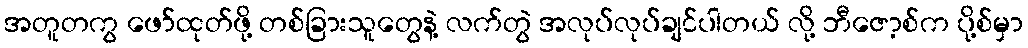
အတူတကွ ဖော်ထုတ်ဖို့ တစ်ခြားသူတွေနဲ့ လက်တွဲ အလုပ်လုပ်ချင်ပါတယ် လို့ ဘီဇော့စ်က ပို့စ်မှာ